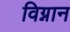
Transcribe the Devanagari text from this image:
विग्नान